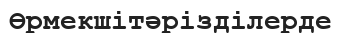
Өрмекшітәрізділерде